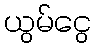
ယွမ်ငွေ